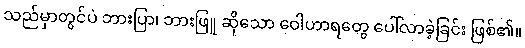
သည်မှာတွင်ပဲ ဘားပြာ၊ ဘားဖြူ ဆိုသော ဝေါဟာရတွေ ပေါ်လာခဲ့ခြင်း ဖြစ်၏။